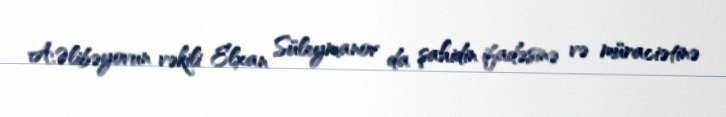
A.Əlibəyovun vəkili Elxan Süleymanov da şahidin ifadəsinə və müraciətinə